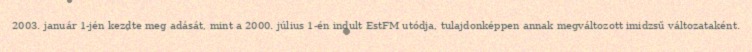
2003. január 1-jén kezdte meg adását, mint a 2000. július 1-én indult EstFM utódja, tulajdonképpen annak megváltozott imidzsű változataként.